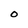
Character: O